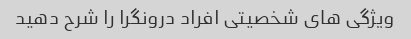
ویژگی های شخصیتی افراد درونگرا را شرح دهید